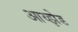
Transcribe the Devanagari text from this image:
आय्झेड